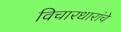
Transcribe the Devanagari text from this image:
विचारधारांचे